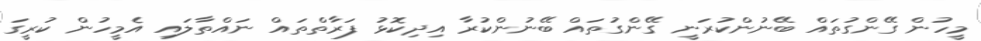
މީހުން ގޭންގުތައް ބޭނުންކުރަނީ ގޭންގުތައް ބޭނުންކުރާ އިދިކޮޅު ފަރާތްތައް ނައްތާލައި އެމީހުން ކުރީގަ